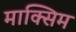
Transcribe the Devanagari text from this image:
माक्सिम